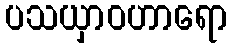
ပသယှာဝဟာရော